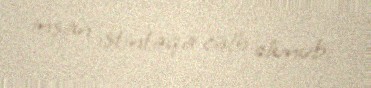
insan istintaqa cəlb olunub.